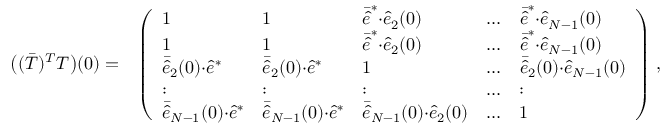
\begin{array} { r l } { \big ( ( \bar { T } ) ^ { T } T \big ) ( 0 ) = } & { \left( \begin{array} { l l l l l } { 1 } & { 1 } & { \bar { \hat { e } } ^ { * } { \cdot } \hat { e } _ { 2 } ( 0 ) } & { \dots } & { \bar { \hat { e } } ^ { * } { \cdot } \hat { e } _ { N - 1 } ( 0 ) } \\ { 1 } & { 1 } & { \bar { \hat { e } } ^ { * } { \cdot } \hat { e } _ { 2 } ( 0 ) } & { \dots } & { \bar { \hat { e } } ^ { * } { \cdot } \hat { e } _ { N - 1 } ( 0 ) } \\ { \bar { \hat { e } } _ { 2 } ( 0 ) { \cdot } \hat { e } ^ { * } } & { \bar { \hat { e } } _ { 2 } ( 0 ) { \cdot } \hat { e } ^ { * } } & { 1 } & { \dots } & { \bar { \hat { e } } _ { 2 } ( 0 ) { \cdot } \hat { e } _ { N - 1 } ( 0 ) } \\ { : } & { : } & { : } & { \dots } & { : } \\ { \bar { \hat { e } } _ { N - 1 } ( 0 ) { \cdot } \hat { e } ^ { * } } & { \bar { \hat { e } } _ { N - 1 } ( 0 ) { \cdot } \hat { e } ^ { * } } & { \bar { \hat { e } } _ { N - 1 } ( 0 ) { \cdot } \hat { e } _ { 2 } ( 0 ) } & { \dots } & { 1 } \end{array} \right) \, , } \end{array}